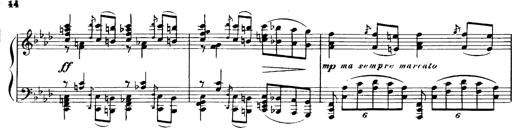
Title: Magyar dalok
Composer: Franz Liszt